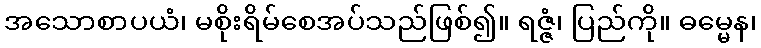
အသောစာပယံ၊ မစိုးရိမ်စေအပ်သည်ဖြစ်၍။ ရဇ္ဇံ၊ ပြည်ကို။ ဓမ္မေန၊